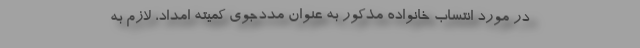
در مورد انتساب خانواده مذکور به عنوان مددجوی کمیته امداد، لازم به